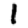
Digit: 1